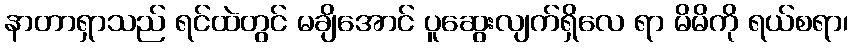
နာတာရှာသည် ရင်ထဲတွင် မချိအောင် ပူဆွေးလျက်ရှိလေ ရာ မိမိကို ရယ်စရာ၊